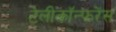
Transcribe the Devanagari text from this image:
टेलीकॉन्फरेंस